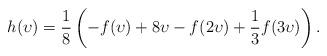
LaTeX: \begin{align*}h(\upsilon) = \frac 18 \left(-f(\upsilon) + 8\upsilon - f(2\upsilon) + \frac 13 f(3\upsilon)\right).\end{align*}